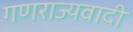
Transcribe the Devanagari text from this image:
गणराज्यवादी